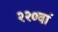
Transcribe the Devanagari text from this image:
२२०वां